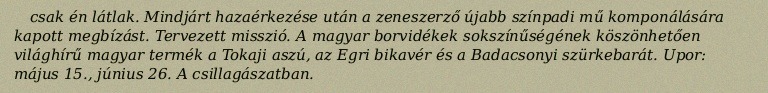
csak én látlak. Mindjárt hazaérkezése után a zeneszerző újabb színpadi mű komponálására kapott megbízást. Tervezett misszió. A magyar borvidékek sokszínűségének köszönhetően világhírű magyar termék a Tokaji aszú, az Egri bikavér és a Badacsonyi szürkebarát. Upor: május 15., június 26. A csillagászatban.